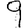
Digit: 9